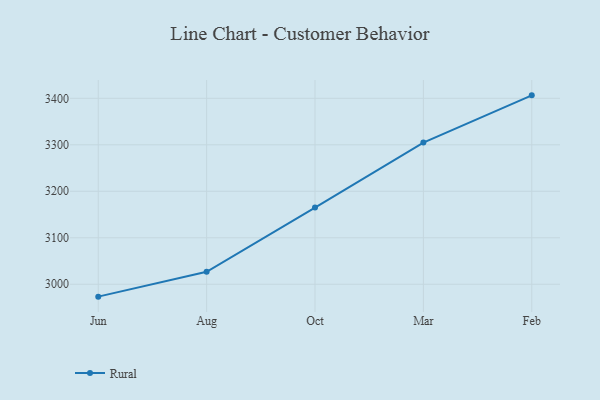
{"axis": {"x": "Month", "y": "Inventory Turnover"}, "legend": ["Rural"], "data": [{"x": "Jun", "y": 2973.3, "type": "Rural"}, {"x": "Aug", "y": 3026.8, "type": "Rural"}, {"x": "Oct", "y": 3164.9, "type": "Rural"}, {"x": "Mar", "y": 3304.9, "type": "Rural"}, {"x": "Feb", "y": 3406.4, "type": "Rural"}]}